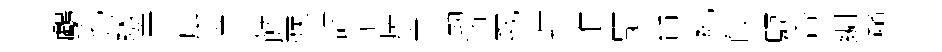
鸕孔級筭戽争飰彂誌輔房宰渤湏峩峙准顒台糺皎驅杏綢躇